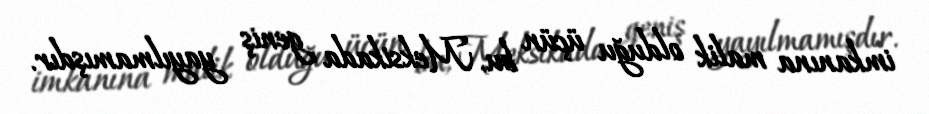
imkanına malik olduğu üçün bu, Meksikada geniş yayılmamışdır.